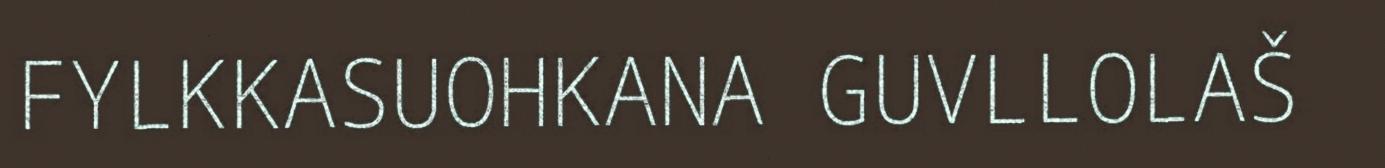
FYLKKASUOHKANA GUVLLOLAŠ